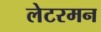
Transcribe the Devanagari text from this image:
लेटरमन